Report on sanitation, dispensaries, and jails in Rajputana for 1918, and on vaccination for the year 1918-1919 - 1918-1919
Year: 1918
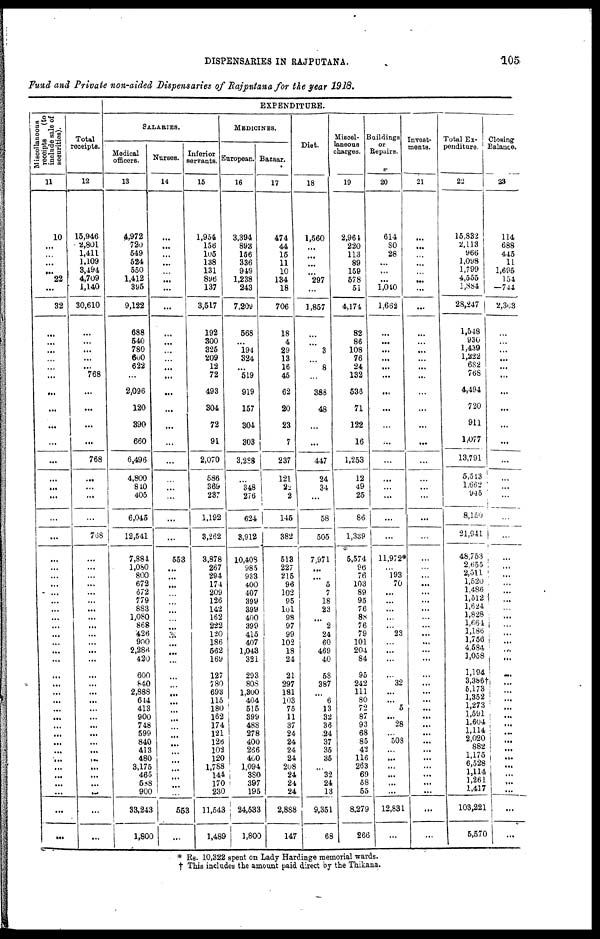
DISPENSARIES IN RAJPUTANA.
105
Fund and Private non-aided Dispensaries of Rajputana for the year 1918.
Miscellaneous
receipts
(to
include sale of
securities).
11
10
...
...
...
...
22
...
32
...
...
...
...
...
...
...
...
...
...
...
...
...
...
...
...
...
...
...
...
...
...
...
...
...
...
...
...
...
...
...
...
...
...
...
...
...
...
...
...
...
...
...
...
...
...
Total
receipts.
12
15,946
2,801
1,411
1,109
3,494
4,709
1,140
30,610
...
...
...
...
...
768
...
...
...
...
768
...
...
...
...
768
...
...
...
...
...
...
...
...
...
...
...
...
...
...
...
...
...
...
...
...
...
...
...
...
...
...
...
...
...
...
EXPENDITURE.
SALARIES.
Medical
officers.
13
4,972
720
549
524
550
1,412
395
9,122
688
540
780
600
622
...
2,096
120
390
660
6,496
4,800
840
405
6,045
12,541
7,884
1,080
800
672
672
779
883
1,080
868
426
900
2,286
420
600
840
2,888
644
413
900
748
599
840
413
480
3,175
465
588
900
33,243
1,800
Nurses.
14
...
...
...
...
...
...
...
...
...
...
...
...
...
...
...
...
...
...
...
...
...
...
...
...
553
...
...
...
...
...
...
...
...
...
...
...
...
...
...
...
...
...
...
...
...
...
...
...
...
...
...
...
553
...
Inferior
servants.
15
1,954
156
105
138
131
896
137
3,517
192
300
325
209
12
72
493
304
72
91
2,070
586
369
237
1,192
3,262
3,878
267
294
174
209
126
142
162
222
120
186
562
169
127
780
693
115
180
162
174
121
126
102
120
1,788
144
170
230
11,543
1,489
MEDICINES.
European.
16
3,394
893
156
336
949
1,238
243
7,209
568
...
194
324
...
519
919
157
304
303
3,298
...
348
276
624
3,912
10,408
985
933
400
407
399
399
400
399
415
407
1,043
321
293
808
1,300
404
515
399
488
278
400
266
400
1,094
380
397
195
24,533
1,800
Bazaar.
17
474
44
15
11
10
134
18
706
18
4
29
13
16
45
62
20
23
7
237
121
22
2
145
382
513
227
215
96
102
95
101
98
97
99
102
18
24
21
297
181
103
75
11
37
24
24
24
24
208
24
24
24
2,888
147
Diet.
18
1,560
...
...
...
...
297
...
1,857
...
...
3
...
8
...
388
48
...
...
447
24
34
...
58
505
7,971
...
...
5
7
18
23
...
2
24
60
469
40
58
387
...
6
13
32
36
24
37
35
35
...
32
24
13
9,351
68
Miscel-
laneous
charges.
19
2,964
220
113
89
159
578
51
4,174
82
86
108
76
24
132
536
71
122
16
1,253
12
49
25
86
1,339
5,574
96
76
103
89
95
76
88
76
79
101
204
84
95
242
111
80
72
87
93
68
85
42
116
263
69
58
55
8,279
266
Buildings
or
Repairs.
20
614
80
28
...
...
...
1,040
1,662
...
...
...
...
...
...
...
...
...
...
...
...
...
...
...
...
11,972*
...
193
70
...
...
...
...
...
23
...
...
...
...
32
...
...
5
...
28
...
508
...
...
...
...
...
...
12,831
...
Invest-
ments.
21
...
...
...
...
...
...
...
...
...
...
...
...
...
...
...
...
...
...
...
...
...
...
...
...
...
...
...
...
...
...
...
...
...
...
...
...
...
...
...
...
...
...
...
...
...
...
...
...
...
...
...
...
...
...
Total Ex-
penditure.
22
15,832
2,113
966
1,098
1,799
4,555
1,884
28,247
1,548
930
1,439
1,222
682
768
4,494
720
911
1,077
13,791
5,513
1,662
945
8,150
21,941
48,753
2,655
2,511
1,520
1,486
1,512
1,624
1,828
1,664
1,186
1,756
4,584
1,058
1,194
3,386†
5,173
1,352
1,273
1,591
1,604
1,114
2,020
882
1,175
6,528
1,114
1,261
1,417
103,221
5,570
Closing
Balance.
23
114
688
445
11
1,695
154
744
2,383
...
...
...
...
...
...
...
...
...
...
...
...
...
...
...
...
...
...
...
...
...
...
...
...
...
...
...
...
...
...
...
...
...
...
...
...
...
...
...
...
...
...
...
...
...
...
* Rs. 10,322 spent on Lady Hardinge memorial wards.
† This includes the amount paid direct by the Thikana.